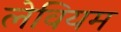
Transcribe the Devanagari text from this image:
लेवियम